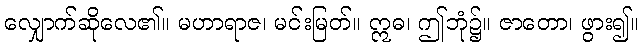
လျှောက်ဆိုလေ၏။ မဟာရာဇ၊ မင်းမြတ်။ ဣဓ၊ ဤဘုံ၌။ ဇာတော၊ ဖွား၍။